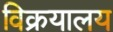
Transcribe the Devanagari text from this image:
विक्रयालय